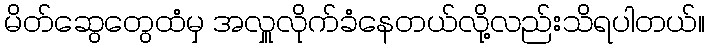
မိတ်ဆွေတွေထံမှ အလှူလိုက်ခံနေတယ်လို့လည်းသိရပါတယ်။